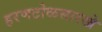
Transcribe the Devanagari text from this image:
हरणटोळसारखे